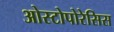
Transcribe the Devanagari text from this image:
ओस्टोपोरेसिस